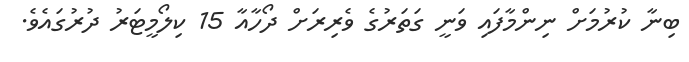
ބިނާ ކުރުމަށް ނިންމާފައި ވަނީ ގަތަރުގެ ވެރިރަށް ދޯހާއާ 15 ކިލޯމީޓަރު ދުރުގައެވެ.